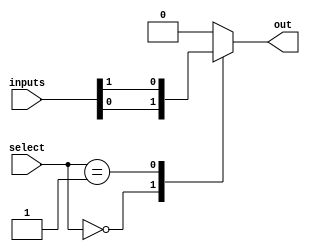
module mux_1024x1 (
    input [1023:0] inputs,
    input [9:0] select,
    output reg out
);

always @* begin
    case (select)
        10'b0000000000: out = inputs[0];
        10'b0000000001: out = inputs[1];
        // Continue with cases for all 1024 input lines
        default: out = 1'b0; // Default case to disconnect all inputs
    endcase
end

endmodule